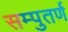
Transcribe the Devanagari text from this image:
सम्पुतर्ण